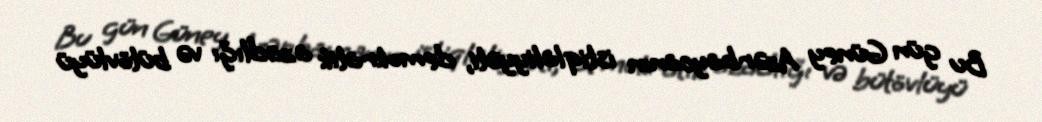
Bu gün Güney Azərbaycanın istiqlaliyyəti, demokratik azadlığı və bütövlüyü